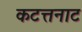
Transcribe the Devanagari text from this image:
कटत्तनाट